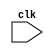
`timescale 1ns / 1ps
//////////////////////////////////////////////////////////////////////////////////
// Company: 
// Engineer: 
// 
// Design Name: 
// Module Name: CPU_top
// Project Name: 
// Target Devices: 
// Tool Versions: 
// Description: 
// 
// Dependencies: 
// 
// Revision:
// Revision 0.01 - File Created
// Additional Comments:
// 
//////////////////////////////////////////////////////////////////////////////////


module CPU_top(
    clk
    );
input clk;


endmodule